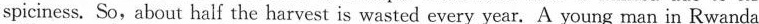
spiciness. So, about half the harvest is wasted every year. A young man in Rwanda